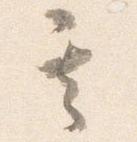
其